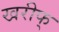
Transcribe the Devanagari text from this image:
खरीफ्